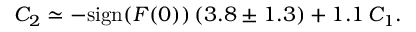
C _ { 2 } \simeq - \mathrm { s i g n } ( F ( 0 ) ) \, ( 3 . 8 \pm 1 . 3 ) + 1 . 1 \, C _ { 1 } .